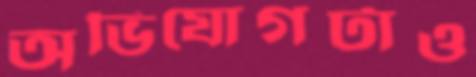
অভিযোগটাও